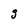
Character: g